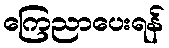
ကြေညာပေးရန်